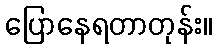
ပြောနေရတာတုန်း။